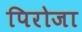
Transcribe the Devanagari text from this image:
पिरोजा